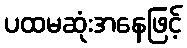
ပထမဆုံးအနေဖြင့်